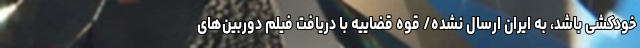
خودکشی باشد، به ایران ارسال نشده/ قوه قضاییه با دریافت فیلم دوربین‌های